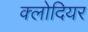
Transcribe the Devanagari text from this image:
क्लोदियर